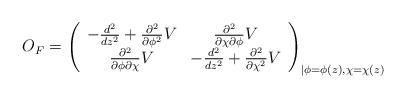
LaTeX: \begin{align*} O_F=\left(\begin{array}{cc}-\frac{d^2}{dz^2} +\frac{\partial^2}{\partial\phi^2}V &\frac{\partial^2}{\partial \chi\partial\phi}V \\ \frac{\partial^2}{\partial \phi\partial\chi}V &-\frac{d^2}{dz^2} +\frac{\partial^2}{\partial\chi^2}V\end{array}\right)_{\vert\phi =\phi(z), \chi =\chi(z) }\end{align*}